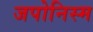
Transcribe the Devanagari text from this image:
जपोनिस्म